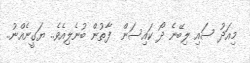
މިއަދު ސައި ލިބޭނެ ދޯ ކައިސަން  ފާތުން ބުނެލިއެވެ.. ޔަގީނެއްނު..